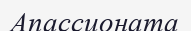
Апассионата